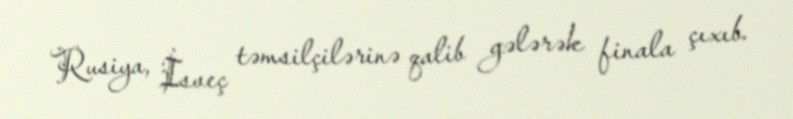
Rusiya, İsveç təmsilçilərinə qalib gələrək finala çıxıb.